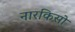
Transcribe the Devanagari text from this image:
नारकिसो